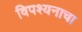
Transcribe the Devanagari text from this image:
विपश्यनाचा